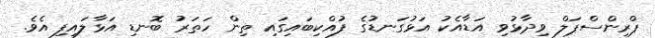
ޕްރިންސްޕަލް ވިދާޅުވި އަޑާއެކު އަޅުގަނޑުގެ ފުއްކިބައިގައި ތިން ހަތަރު ބޮނޑި އަޅާލައިފި އެވެ.